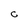
Character: C